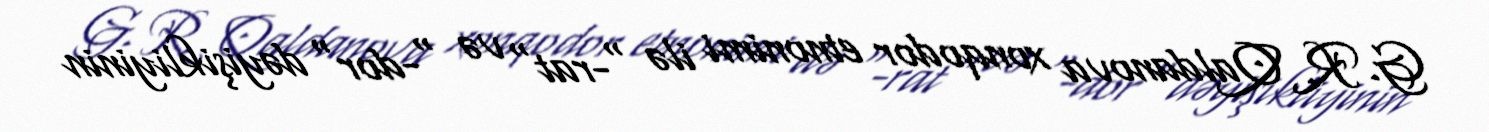
G. R. Qaldanova xonqodor etnonimi ilə "-rat" və "-dor" dəyişikliyinin